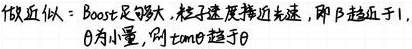
做近似：$Boost$足够大，粒子速度接近光速，即$\beta$趋近于$1$，$\theta$为小量，则$\tan\theta$趋于$\theta$